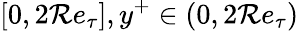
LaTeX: [0,2\mathcal{R}e_{\tau}],y^{+}\in(0,2\mathcal{R}e_{\tau})